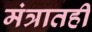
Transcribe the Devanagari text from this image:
मंत्रातही